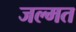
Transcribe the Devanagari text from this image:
जल्मत